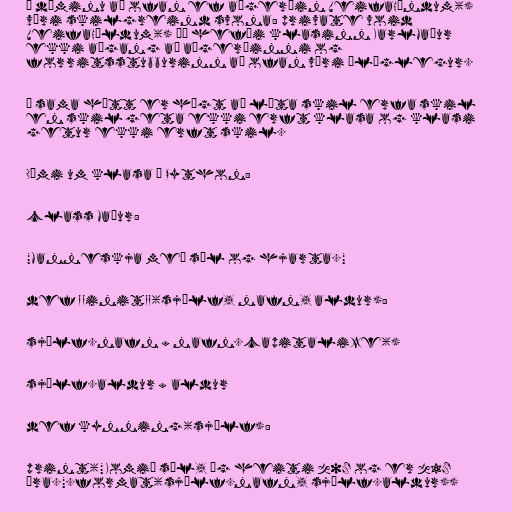
Í dæminu að ofan ef aðgerðin VeifaHöndum()
væri skilgreind svona: private void
VeifaHöldum() þá hefði klasinn KarlMaður
ekki aðgang að aðgerðinni og
forritsstubburinn að ofan væri ólöglegur.

Á sama hátt er hægt að láta skil erfa skil
en skil geta ekki erft klasa og klasi
getur ekki erft skil.

Dæmi um klasa í Python:

class Maður:

"Manneskja með sál og hjarta."

def __init__(sjálf, nafn, aldur):

sjálf.nafn = nafn.capitalize()

sjálf.aldur = aldur

def kynning(sjálf):

print("Komið sæl, ég heiti {0} og er {1}
ára.".format(sjálf.nafn, sjálf.aldur))